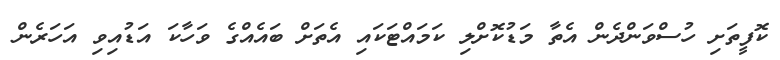
ކޮފީތަށި ހުސްވަންދެން އެތާ މަޑުކޮށްލި ކަމައްޓަކައި އެތަށް ބައެއްގެ ވަހާކަ އަޑުއިވި އަހަރެން